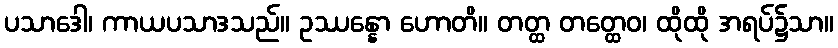
ပသာဒေါ၊ ကာယပသာဒသည်။ ဥဿန္နော ဟောတိ။ တတ္ထ တတ္ထေဝ၊ ထိုထို အရပ်၌သာ။